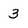
Character: 3